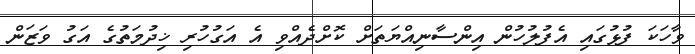
ވާހަކަ ފުޅުގައި އެފުލުހުން އިންސާނިއްޔަތަށް ކޮށްދެއްވި އެ އަގުހުރި ޚިދުމަތުގެ އަގު ވަޒަން